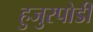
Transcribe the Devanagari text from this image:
हुजुरपोडी